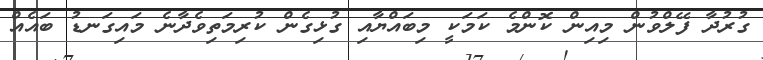
ގުރުދާ ފޭލްވުން މިއިން ކޮންމެ ކަމަކީ މިބައްޔާއި ގުޅިގެން ކުރިމަތިވެދާނެ މައިގަނޑު ބައެއް